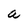
Character: a